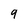
Character: 9